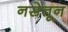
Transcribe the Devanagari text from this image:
नसेतून